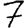
Digit: 7